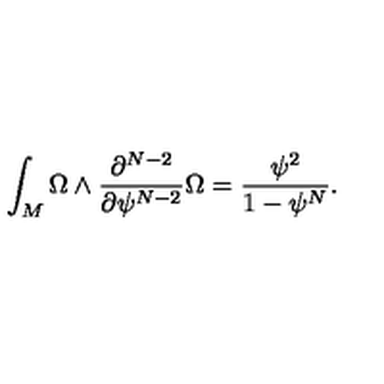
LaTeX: \int _ { M } \Omega \wedge \frac { \partial ^ { N - 2 } } { \partial \psi ^ { N - 2 } } \Omega = \frac { \psi ^ { 2 } } { 1 - \psi ^ { N } } .